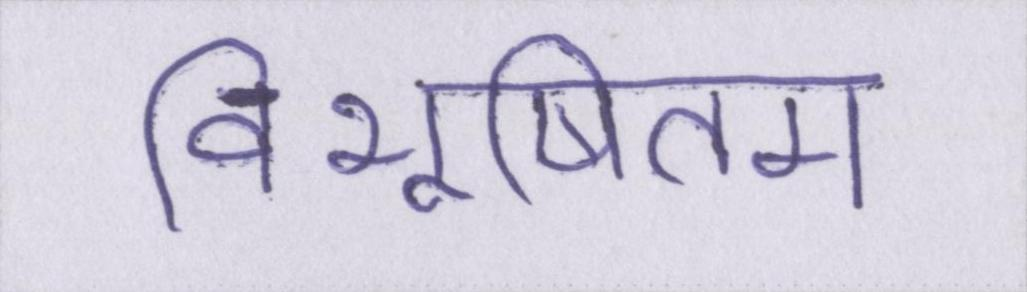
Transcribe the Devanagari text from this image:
विभूषितम